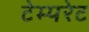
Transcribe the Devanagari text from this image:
टेम्‍परेट